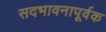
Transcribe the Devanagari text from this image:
सदभावनापूर्वक